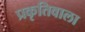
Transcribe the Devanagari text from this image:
प्रकृतिवाला